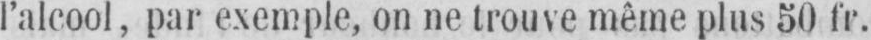
l’alcool, par exemple, on ne trouve même plus 50 fr.